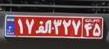
۱۷ا۳۲۷۴۵